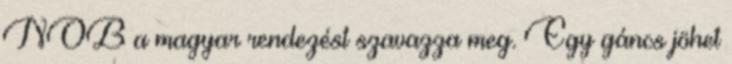
NOB a magyar rendezést szavazza meg. Egy gáncs jöhet